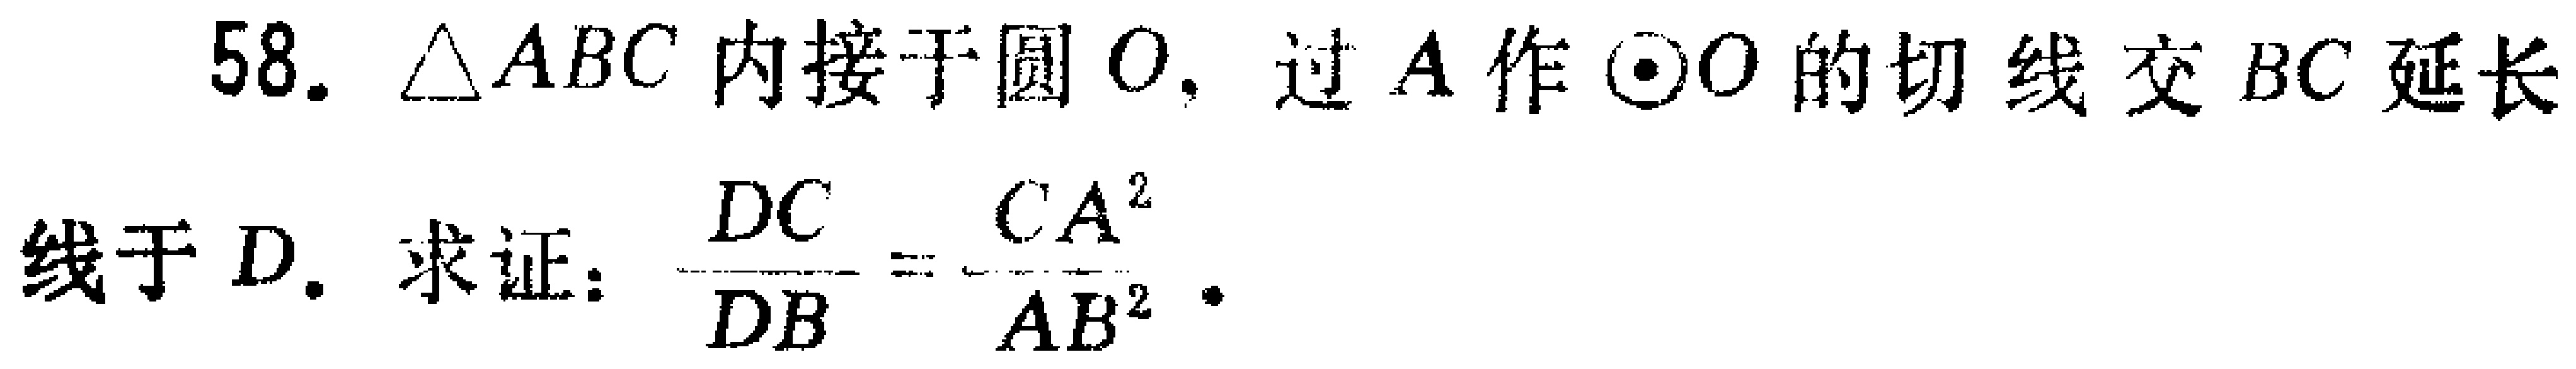
58. $\triangle ABC$ 内接于圆 $O$，过 $A$ 作 $\odot O$ 的切线交 $BC$ 延长线于 $D$. 求证：$\frac{DC}{DB}=\frac{CA^{2}}{AB^{2}}$.